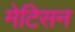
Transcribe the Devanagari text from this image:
मेटिसन